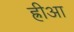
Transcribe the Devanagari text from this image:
ह्रीआ